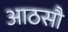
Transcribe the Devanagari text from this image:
आठसौ